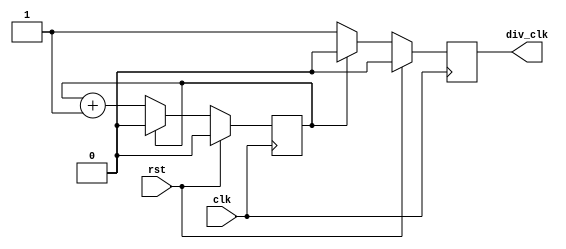
module clk_divider #(
	parameter DIV = 2
)(
	input rst,
	input clk,
	output div_clk
    );
	 
    parameter CTR_SIZE = $clog2(DIV);
	 reg [CTR_SIZE-1:0] ctr_d, ctr_q;
	 reg div_clk_d, div_clk_q;
	 assign div_clk = div_clk_q;
	 
	 always @(*) begin
		div_clk_d = div_clk_q;
		ctr_d     = ctr_q + 1;
		//Div clk goes high at 0, and lasts period of clk
		if (ctr_q == 0) begin
			div_clk_d = 1;
		end else begin
			div_clk_d = 0;
		end
		//Restart when reach DIV cnts
		if(ctr_q == DIV-1) begin
			ctr_d = 0;
		end
	 end

	 always @(posedge clk) begin
		if (rst) begin
			div_clk_q <= 0;
			ctr_q     <= 0;
		end else begin
			div_clk_q <= div_clk_d;
			ctr_q     <= ctr_d;
		end
	 end
	 
endmodule